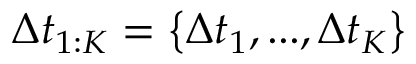
\Delta t _ { 1 : K } = \left\{ \Delta t _ { 1 } , . . . , \Delta t _ { K } \right\}